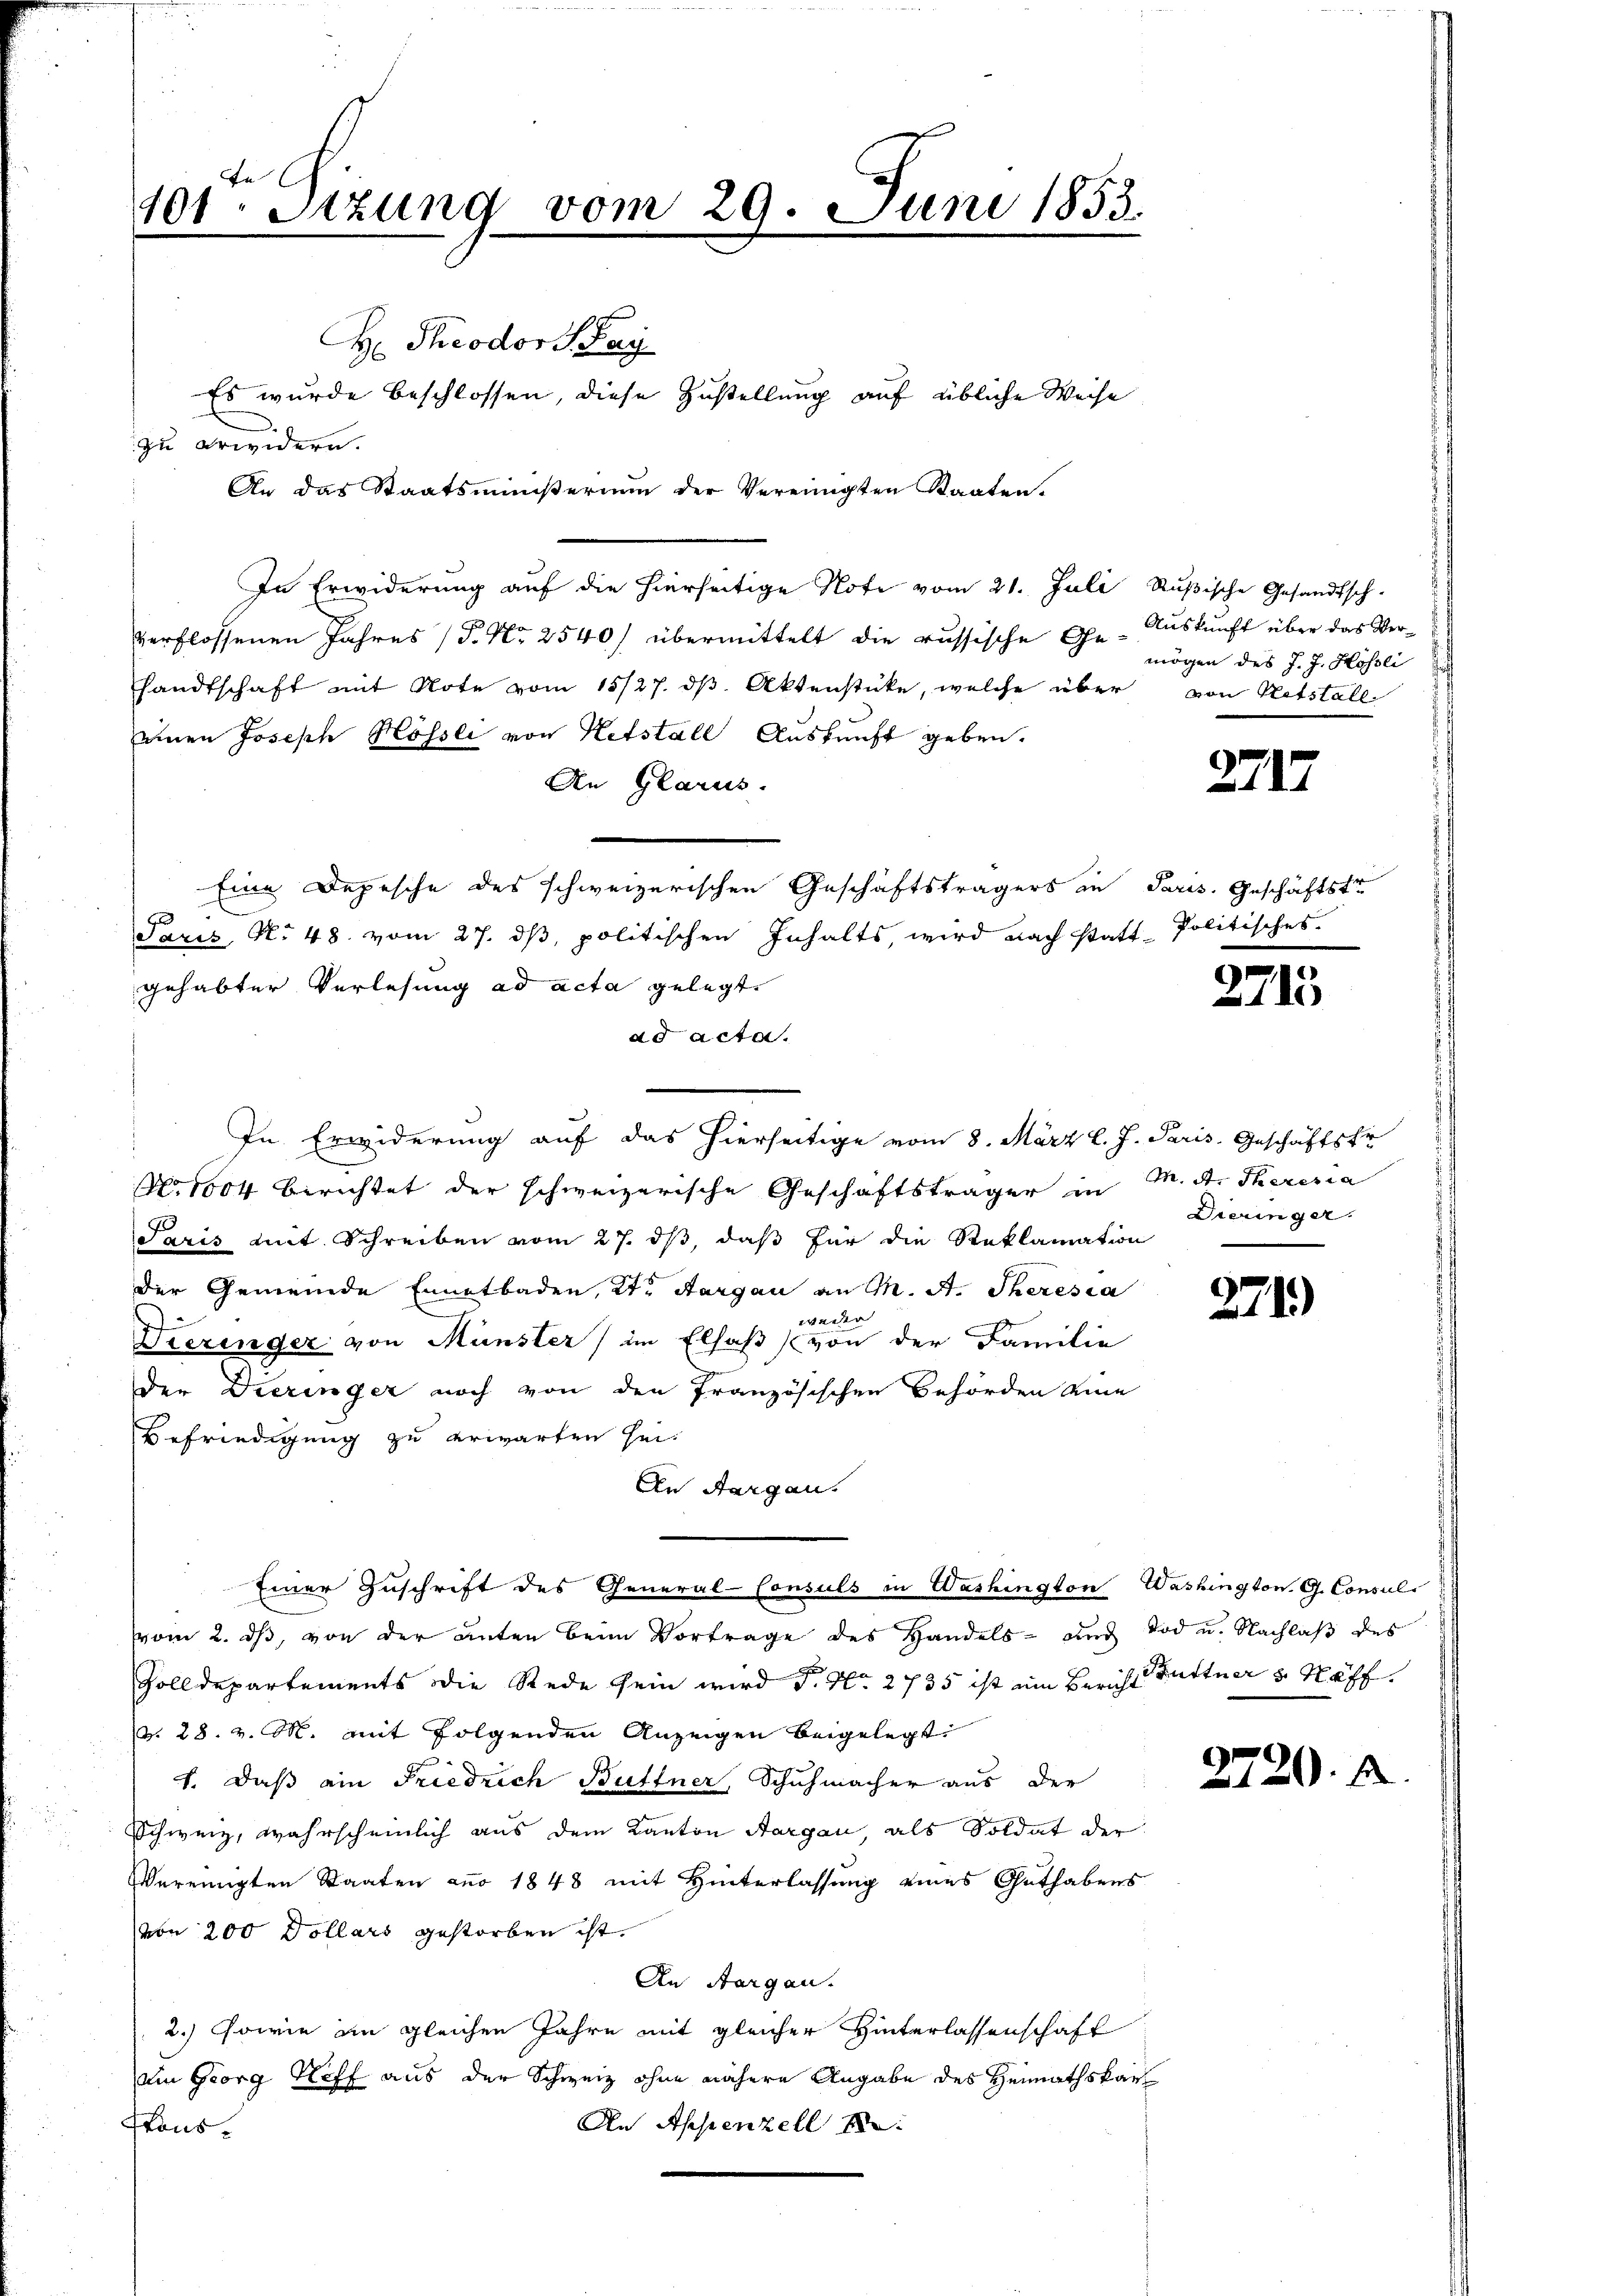
101. Sitzung vom 29. Juni 1853.

H: Theodor H. Paÿ
Es wurde beschlossen, diese Zustellung auf übliche Weise
zu erwidern.
An das Staatsministerium der Vereinigten Staaten.
In Erwiderung auf die hierseitige Note vom 21. Juli Rußische Gesandtsch-
verflossenen Jahres (P. Nr. 2540/ übermittelt die russische Gesandtschaft mit Note vom 15/27. dβ. Aktenstücke, welche über von Notstall
einen Joseph Hössli von Netstall Auskunft geben.
An Glarus.
Paris, N. 48. vom 27. ds, politischen Inhalts, wird nach statt Politisches.
gehabter Verlesung ad acta gelegt,
ad acta.
No. 1004 Berichtet der schweizerische Geschäftsträger in M. D. Theresia
Paris mit Schreiben vom 27. ds, daß für die Reklamation
der Gemeinde Ennetbaden, Kt. Aargau an M. A. Theresia
weder |
Dieringer von Münster) im Elsaß von der Familie
der Dieringer noch von den Französischen Behörden eine
Befriedigung zu erwarten sei.
An Aargau.
Einer Zuschrift des General-Consuls in Washington Washington G. Consuls
vom 2. ds, von der anten beim Vortrage des Handels- und Tod u. Nachlaß des
Zolldepartements die Rede sein wird P. Nr. 2735 ist ein Bericht Tuttner 5 Stäff.
d. 28. v. M. mit folgenden Anzeigen beigelegt
5.
1. daß ein Friedrich Büttner, Schuhmacher aus der
Schweiz, wahrscheinlich aus dem Kanton Aargau, als Soldat der
Vereinigten Staaten ans 1848 mit Hinterlassung eines Guthabens
von 200 Dollars gestorben ist.
An Aargau.
2.) Sowie im gleichen Jahre mit gleicher Hinterlassenschaft
ein Georg Keff aus der Schweiz ohne nähere Angabe des Heimathskar
An Appenzell
tons-

Eine Depesche des schweizerischen Geschäftsträgers in Paris. Geschäftste

In Erwiderung auf das hierseitige vom 8. März l. J. Paris. Geschäftskr

Auskunft über das Vermögen des J. J. Hössli

2717

2715

Diezinger.

271)

2720. J